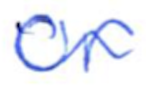
Text: or
Cross-out: wave
Writing tool: ballpoint